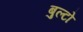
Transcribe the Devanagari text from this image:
बुल्टो